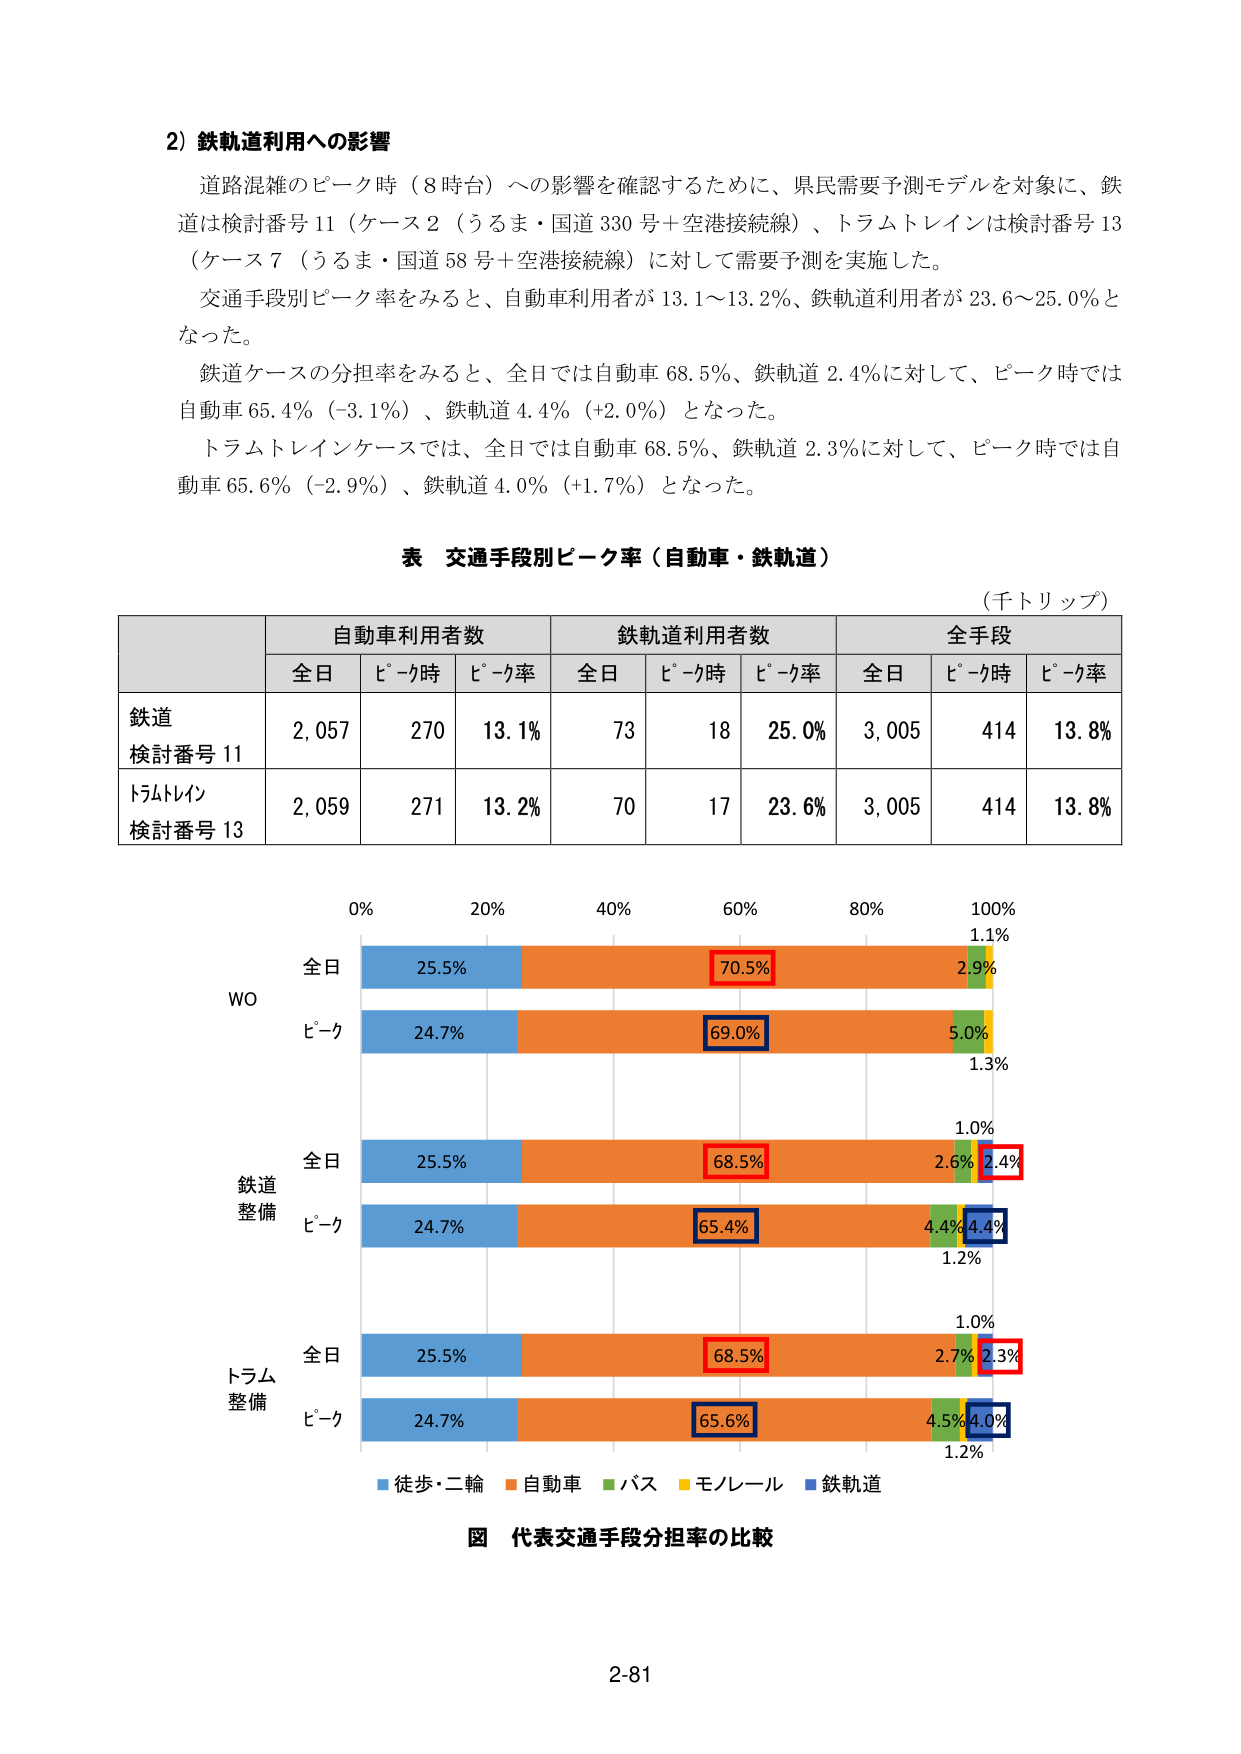
2) 鉄軌道利用への影響
道路混雑のピーク時（8時台）への影響を確認するために、県民需要予測モデルを対象に、鉄道は検討番号11（ケース2（うるま・国道330号＋空港接続線）、トラムトレインは検討番号13（ケース7（うるま・国道58号＋空港接続線）に対して需要予測を実施した。
交通手段別ピーク率をみると、自動車利用者が13.1～13.2％、鉄軌道利用者が23.6～25.0％となった。
鉄道ケースの分担率をみると、全日では自動車68.5％、鉄軌道2.4％に対して、ピーク時では自動車65.4％（-3.1％）、鉄軌道4.4％（+2.0％）となった。
トラムトレインケースでは、全日では自動車68.5％、鉄軌道2.3％に対して、ピーク時では自動車65.6％（-2.9％）、鉄軌道4.0％（+1.7％）となった。

表 交通手段別ピーク率（自動車・鉄軌道）
（千トリップ）

| | 自動車利用者数 | | 鉄軌道利用者数 | | 全手段 | |
|---|---|---|---|---|---|---|
| | 全日 | ピーク時 | ピーク率 | 全日 | ピーク時 | ピーク率 | 全日 | ピーク時 | ピーク率 |
| 鉄道 検討番号11 | 2,057 | 270 | 13.1% | 73 | 18 | 25.0% | 3,005 | 414 | 13.8% |
| トラムトレイン 検討番号13 | 2,059 | 271 | 13.2% | 70 | 17 | 23.6% | 3,005 | 414 | 13.8% |

0% 20% 40% 60% 80% 100%
全日本
WO
ピーク
25.5% 70.5% 2.9%
24.7% 69.0% 5.0%
1.1%
1.3%
全日本
鉄道 整備
25.5% 68.5% 2.6% 2.4%
24.7% 65.4% 4.4% 4.4%
1.0%
1.2%
全日本
トラム 整備
25.5% 68.5% 2.7% 2.3%
24.7% 65.6% 4.5% 4.0%
1.0%
1.2%

■ 徒歩・二輪 ■ 自動車 ■ バス ■ モノレール ■ 鉄軌道

図 代表交通手段分担率の比較

2-81